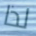
لذا